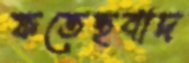
ফতেহবাদ